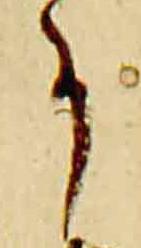
事